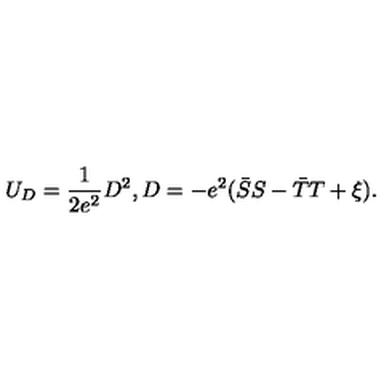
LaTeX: U _ { D } = \frac { 1 } { 2 e ^ { 2 } } D ^ { 2 } , D = - e ^ { 2 } ( \bar { S } S - \bar { T } T + \xi ) .